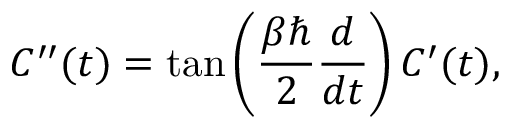
C ^ { \prime \prime } ( t ) = \tan \left( \frac { \beta \hbar } { 2 } \frac { d } { d t } \right) C ^ { \prime } ( t ) ,